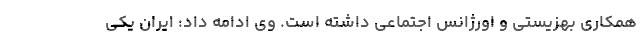
همکاری بهزیستی و اورژانس اجتماعی داشته است. وی ادامه داد: ایران یکی